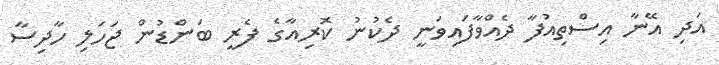
އަދި އޭނާ އިސްތިއުފާ ދެއްވާފައިވަނީ ދެކުނު ކޮރިއާގެ ފެރީ ބަންޑުން ޖަހަލި ހާދިސާ